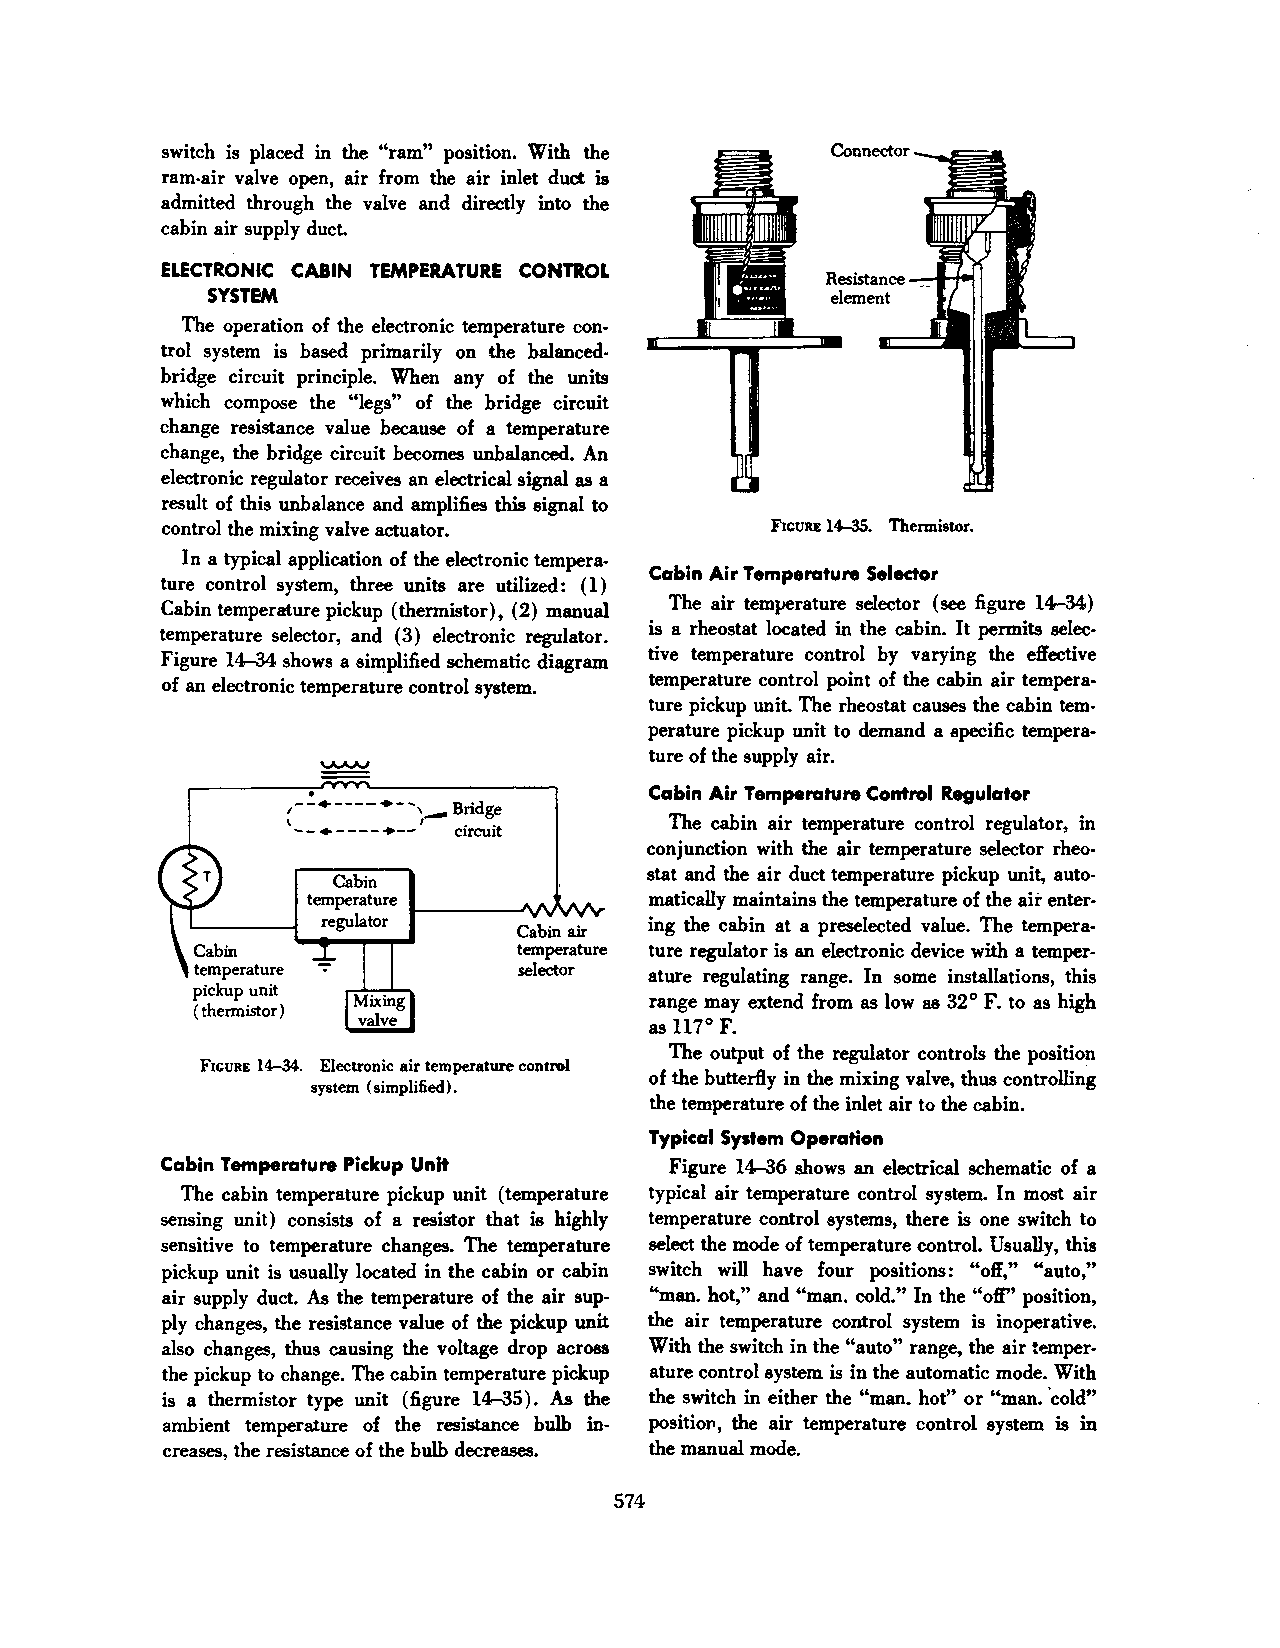
switch is placed in the "ram" position. With the
 ram-air valve open, air from the air inlet duct is
 admitted through the valve and directly into the
 cabin air supply duct.
 ELECTRONIC CABIN TEMPERATURE CONTROL
 Resistance_.....,~
 SYSTEM                                   element
 The operation of the electronic temperature con·
 trol system is based primarily on the balanced
 bridge circuit principle. When any of the units
 which compose the "legs" of the bridge circuit
 change resistance value because of a temperature
 change, the bridge circuit becomes unbalanced. An
 electronic regulator receives an electrical signal as a
 result of this unbalance and amplifies this signal to
 control the mixing valve actuator.      FIGURE 14-35. Thermistor.
 In a typical application of the electronic tempera
 Cabin Air Temperature Selector
 ture control system, three units are utilized: ( 1)
 The air temperature selector (see figure 14-34)
 Cabin temperature pickup (thermistor), (2) manual
 is a rheostat located in the cabin. It permits selec
 temperature selector, and (3) electronic regulator.
 tive temperature control by varying the effective
 Figure 14-34 shows a simplified schematic diagram
 temperature control point of the cabin air tempera
 of an electronic temperature control system.
 ture pickup unit. The rheostat causes the cabin tem
 perature pickup unit to demand a specific tempera
 ture of the supply air.
 .
 ,--•----+--}-           Cabin Air Temperature Control Regulator
 Bridge
 The cabin air temperature control regulator, in
 '--•----•-- circuit
 conjunction with the air temperature selector rheo
 stat and the air duct temperature pickup unit, auto
 Cabin
 temperature           matically maintains the temperature of the air enter
 regulator            ing the cabin at a preselected value. The tempera
 Cabin air
 temperature ture regulator is an electronic device with a temper
 temperature           selector ature regulating range. In some installations, this
 pickup unit
 range may extend from as low as 32° F. to as high
 (thermistor)
 as 117° F.
 The output of the regulator controls the position
 FIGURE 14-34. Electronic air temperature control
 of the butterfly in the mixing valve, thus controlling
 system (simplified).
 the temperature of the inlet air to the cabin.
 Typical System Operation
 Cabin Temperature Pickup Unit     Figure 14-36 shows an electrical schematic of a
 The cabin temperature pickup unit (temperature typical air temperature control system. In most air
 sensing unit) consists of a resistor that is highly temperature control systems, there is one switch to
 sensitive to temperature changes. The temperature select the mode of temperature control. Usually, this
 pickup unit is usually located in the cabin or cabin switch will have four positions: "off," "auto,"
 air supply duct. As the temperature of the air sup "man. hot," and "man. cold." In the "off'' position,
 ply changes, the resistance value of the pickup unit the air temperature control system is inoperative.
 also changes, thus causing the voltage drop across With the switch in the "auto" range, the air temper
 the pickup to change. The cabin temperature pickup ature control system is in the automatic mode. With
 is a thermistor type unit (figure 14-35). As the the switch in either the "man. hot" or "man. 'cold"
 ambient temperature of the resistance bulb in positiol', the air temperature control system is in
 creases, the resistance of the bulb decreases. the manual mode.
 574